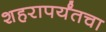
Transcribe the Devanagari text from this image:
शहरापर्यंतचा